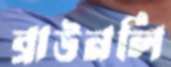
ব্রাউনলি